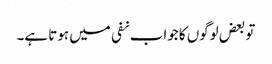
تو بعض لوگوں کا جواب نفی میں ہوتا ہے۔